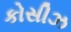
કોસીઝ